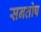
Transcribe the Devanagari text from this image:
सनतोष